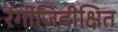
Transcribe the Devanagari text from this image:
रंगोजिदीक्षित